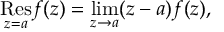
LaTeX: { \underset { z = a } { \mathrm { R e s } } } f ( z ) = \operatorname* { l i m } _ { z \rightarrow a } ( z - a ) f ( z ) ,